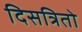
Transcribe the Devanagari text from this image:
दिसत्रितो